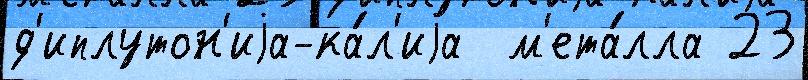
д'иплутон'иjа-ка́л'иjа  м'ета́лла 23